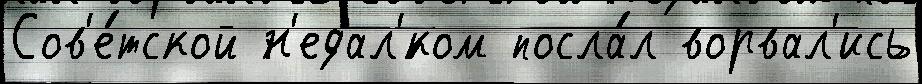
Сов'е́тской н'едал'́ком посла́л ворвал'ись